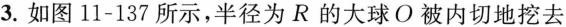
3.如图11-137所示，半径为R的大球O被内切地挖去